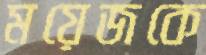
ময়েজকে